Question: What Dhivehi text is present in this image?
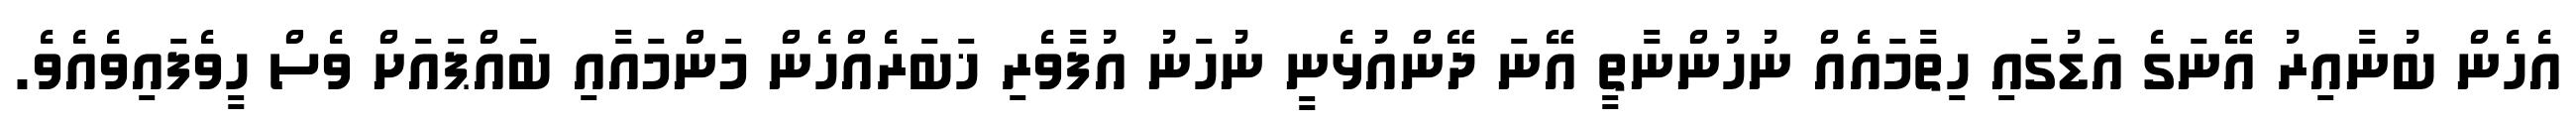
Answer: އެހެން ބުނާއިރު އޭނަގެ އަޑުގައި ހިތާމައެއް ނުހުންނާތީ އޭނަ ދޭންއުޅެނީ ނުހަނު އުފާވެރި ޚަބަރެއްހެން މަންމައާއި ބައްޕައަށް ވެސް ހީވެފައިވެއެވެ.